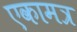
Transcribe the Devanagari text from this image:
एकामत्र